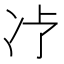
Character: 𱐁